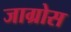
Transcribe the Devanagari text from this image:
जाग्रोस